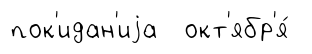
пок'идан'иjа окт'ябр'я́